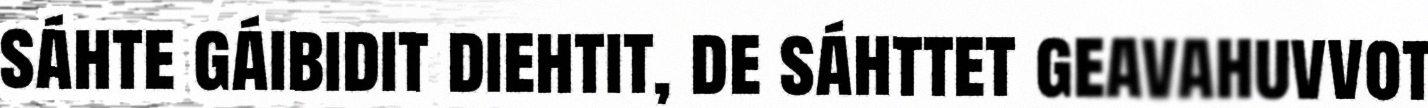
sáhte gáibidit diehtit, de sáhttet geavahuvvot